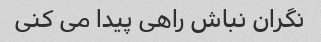
نگران نباش راهی پیدا می کنی